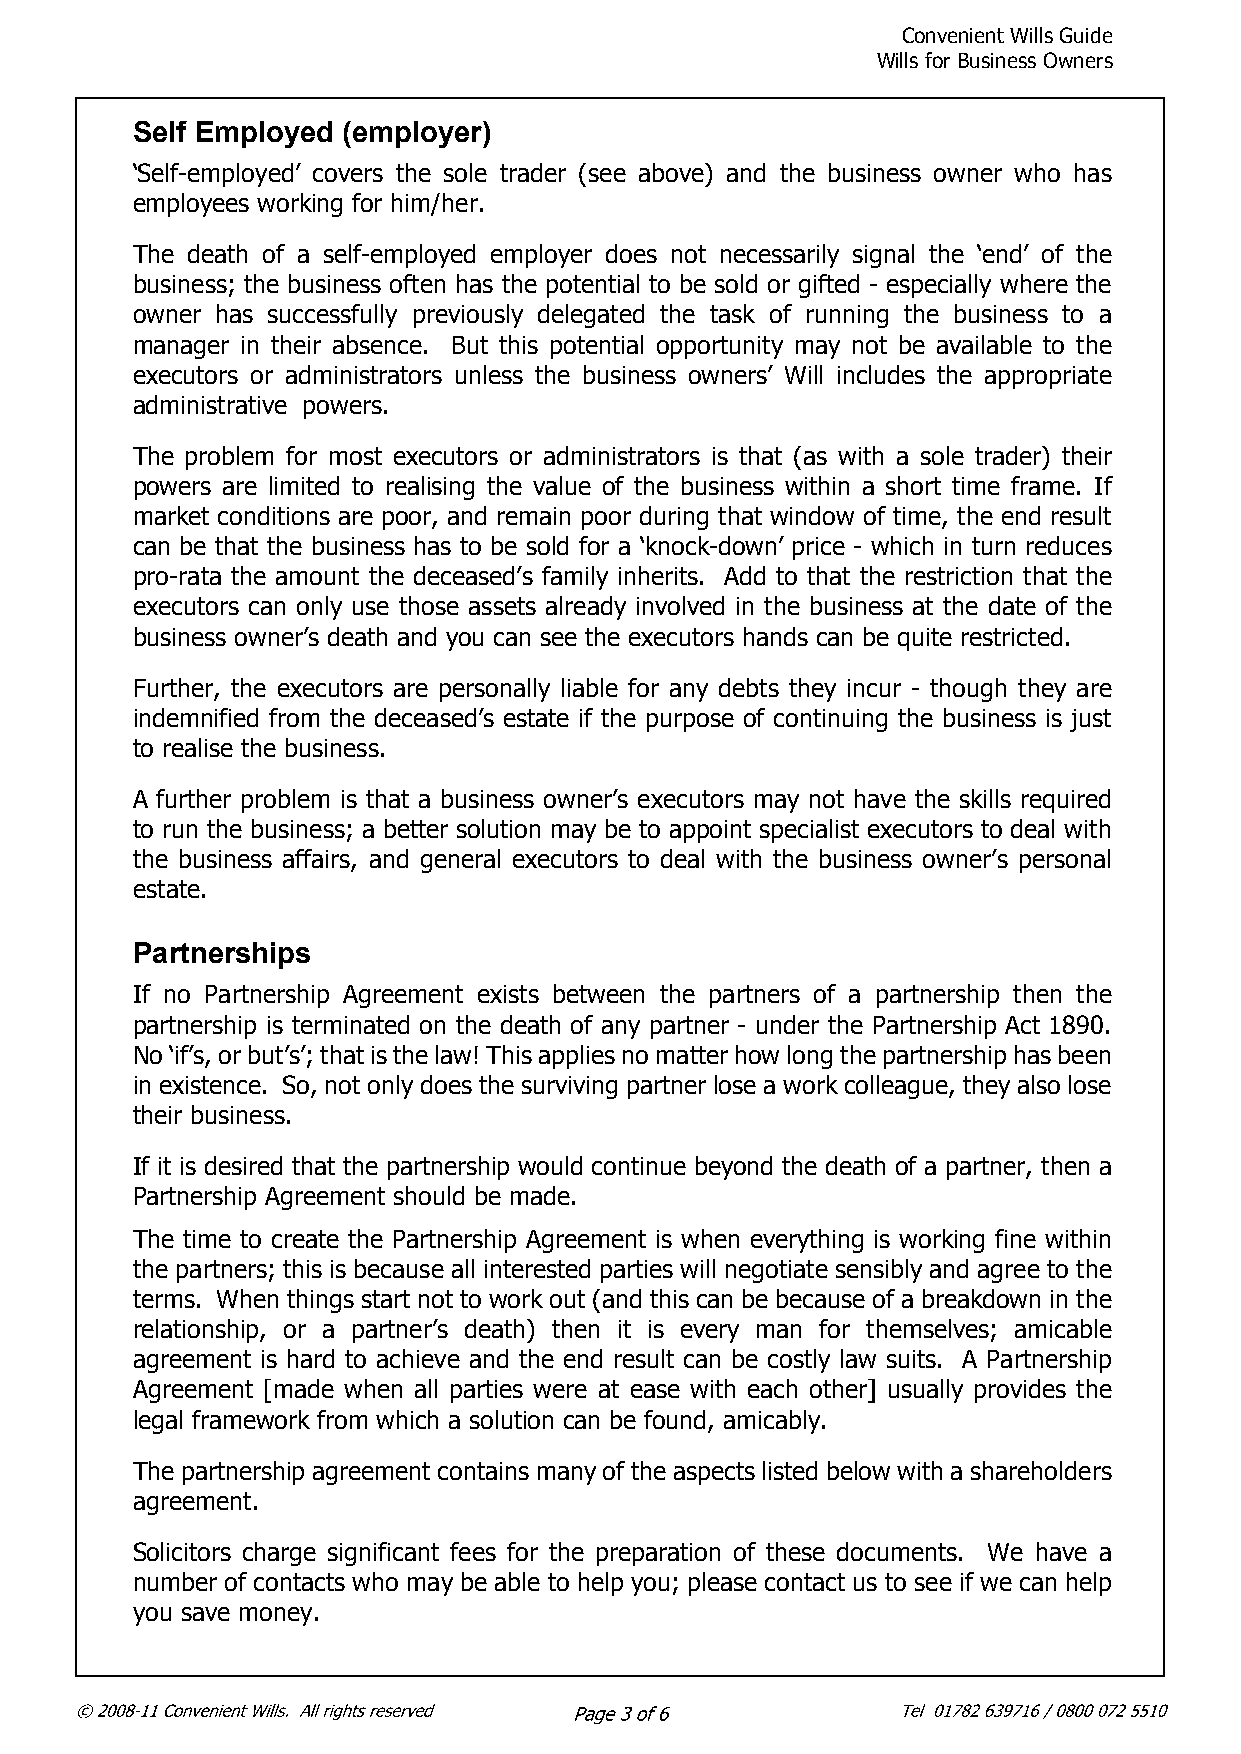
Convenient Wills Guide
 Wills for Business Owners
 Self Employed (employer)
 ‘Self-employed’ covers the sole trader (see above) and the business owner who has
 employees working for him/her.
 The death of a self-employed employer does not necessarily signal the ‘end’ of the
 business; the business often has the potential to be sold or gifted - especially where the
 owner has successfully previously delegated the task of running the business to a
 manager in their absence. But this potential opportunity may not be available to the
 executors or administrators unless the business owners’ Will includes the appropriate
 administrative powers.
 The problem for most executors or administrators is that (as with a sole trader) their
 powers are limited to realising the value of the business within a short time frame. If
 market conditions are poor, and remain poor during that window of time, the end result
 can be that the business has to be sold for a ‘knock-down’ price - which in turn reduces
 pro-rata the amount the deceased’s family inherits. Add to that the restriction that the
 executors can only use those assets already involved in the business at the date of the
 business owner’s death and you can see the executors hands can be quite restricted.
 Further, the executors are personally liable for any debts they incur - though they are
 indemnified from the deceased’s estate if the purpose of continuing the business is just
 to realise the business.
 A further problem is that a business owner’s executors may not have the skills required
 to run the business; a better solution may be to appoint specialist executors to deal with
 the business affairs, and general executors to deal with the business owner’s personal
 estate.
 Partnerships
 If no Partnership Agreement exists between the partners of a partnership then the
 partnership is terminated on the death of any partner - under the Partnership Act 1890.
 No ‘if’s, or but’s’; that is the law! This applies no matter how long the partnership has been
 in existence. So, not only does the surviving partner lose a work colleague, they also lose
 their business.
 If it is desired that the partnership would continue beyond the death of a partner, then a
 Partnership Agreement should be made.
 The time to create the Partnership Agreement is when everything is working fine within
 the partners; this is because all interested parties will negotiate sensibly and agree to the
 terms. When things start not to work out (and this can be because of a breakdown in the
 relationship, or a partner’s death) then it is every man for themselves; amicable
 agreement is hard to achieve and the end result can be costly law suits. A Partnership
 Agreement [made when all parties were at ease with each other] usually provides the
 legal framework from which a solution can be found, amicably.
 The partnership agreement contains many of the aspects listed below with a shareholders
 agreement.
 Solicitors charge significant fees for the preparation of these documents. We have a
 number of contacts who may be able to help you; please contact us to see if we can help
 you save money.